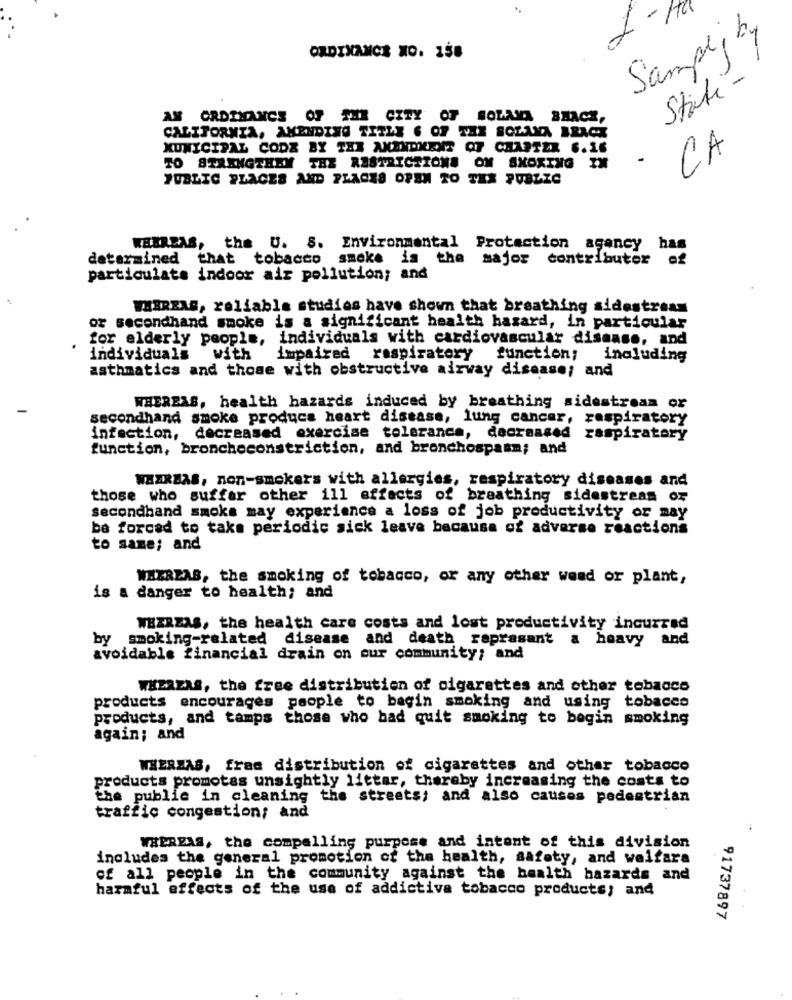
1 -10
Sampl by
ORDINANCE MO. 158
State-
AN ORDINANCE OF THE CITY OF BOLEIA BRACE,
CALIFORNIA, AMENDING TITLE 6 OF THE SOLANA BRACHT
MUNICIPAL CODE BY THX AMENDMENT OF CHARTER 6.16
CA
TO STRENGTHRY THE RESTRICTIONS ON SKOXING IN
-
PUBLIC PLACES AND PLACES OPEN TO TEX PUBZZO
WHEREAS, the U. S. Environmental Protection agency has
determined that tobacco smoke is the major contributor of
particulate indoor air pollution; and
WHEREAS, reliable studies have shown that breathing sidestream
or secondhand smoke is a significant health hazard, in particular
for elderly people, individuals with cardiovascular disease, and
individuals with
impaired respiratory
function; including
asthmatics and those with obstructive airway disease; and
WHEREAS, health hazards induced by breathing sidestream or
secondhand smoke produce heart disease, lung cancer, respiratory
infection, decreased exercise tolerance, dacraased respiratory
function, broncheconstriction, and bronchospasm; and
WEAREAS, non-smokers with allergies, respiratory diseases and
those who suffer other ill effects of breathing sidestream or
secondhand smoke may experience a loss of job productivity or may
be forced to take periodic sick leave because of adverse reactions
to same; and
WHEREAS, the smoking of tobacco, or any other weed or plant,
is a danger to health; and
WEZRZAS, the health care costs and lost productivity incurred
by smoking-related disease and death raprasant a heavy and
avoidable financial drain on our community; and
wHzaZAS, the free distribution of cigarettes and other tobacco
products encourages people to bagin smoking and using tobacco
products, and tamps those who bad quit smoking to begin smoking
again; and
WHEREAS, frae distribution of cigarettes and other tobacco
products promotes unsightly littar, thereby increasing the costs to
the public in cleaning the streets; and also causes pedestrian
traffic congestion; and
WHEREAS, the compelling purpose and intent of this division
includes the general promotion of the health, safety, and welfare
of all people in the community against the health hazards and
harmful effects of the use of addictive tobacco products; and
91737897